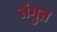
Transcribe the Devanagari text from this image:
तंगुत